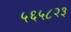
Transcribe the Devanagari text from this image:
५६५८२३